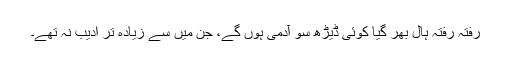
رفتہ رفتہ ہال بھر گیا کوئی ڈیڑھ سو آدمی ہوں گے، جن میں سے زیادہ تر ادیب نہ تھے۔